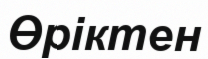
Өріктен